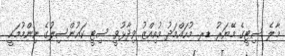
މާލެ ސިޓީގެ މޭޔަރު ޑރ. މުހައްމަދު މުއިއްޒު ވިދާޅުވީ ސިޓީ ކައުންސިލުގެ ނިންމުމަކީ